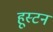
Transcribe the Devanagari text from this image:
हूस्टन